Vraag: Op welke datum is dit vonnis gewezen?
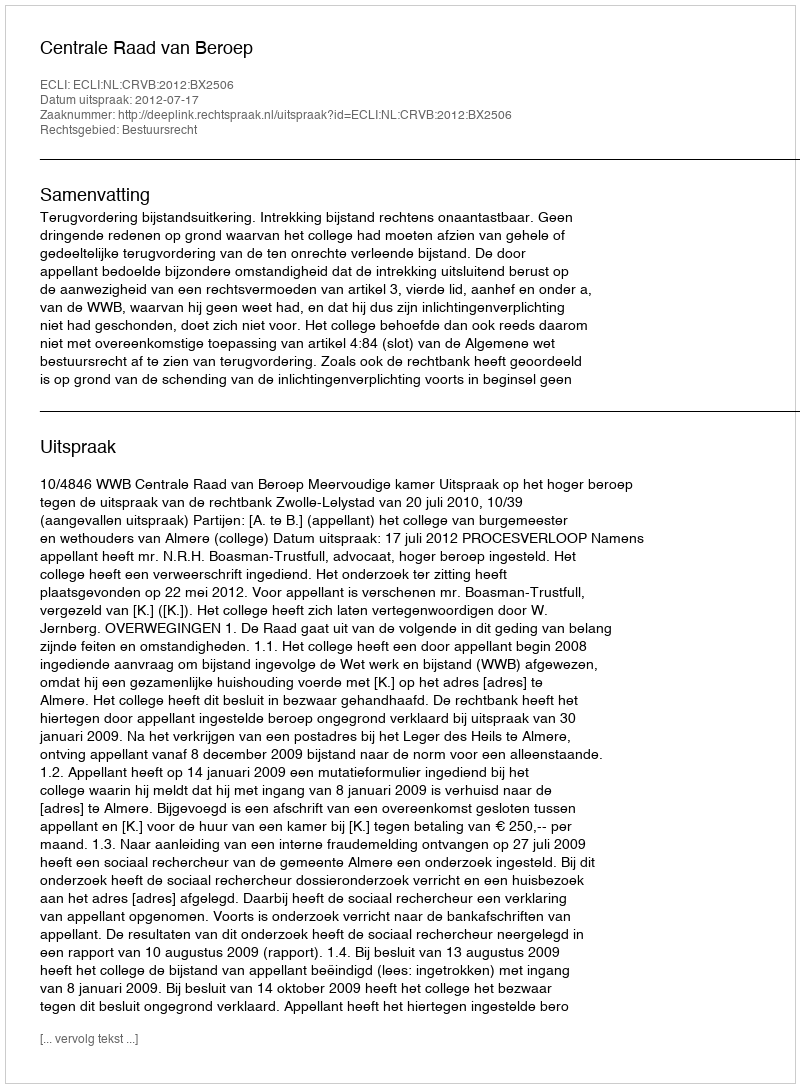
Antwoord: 2012-07-17